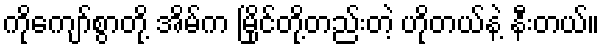
ကိုကျော်စွာတို့ အိမ်က မြိုင်တို့တည်းတဲ့ ဟိုတယ်နဲ့ နီးတယ်။